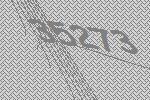
35273